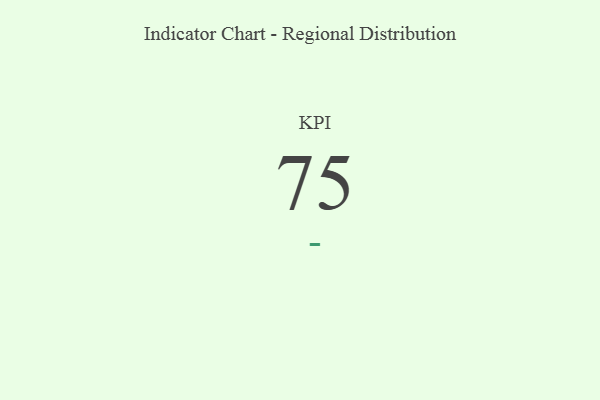
{"axis": {"x": "KPI", "y": "Value"}, "legend": [""], "data": [{"x": "KPI", "y": 75, "type": ""}]}